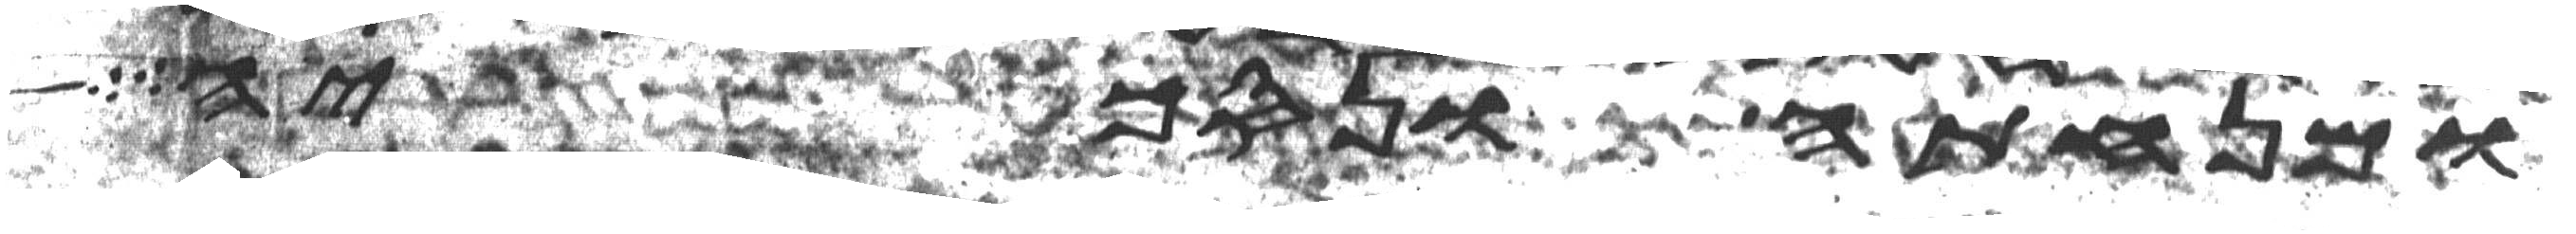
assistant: ומנחתה ונסכיה